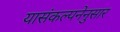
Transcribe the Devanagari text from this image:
यासंकल्पनेनुसार